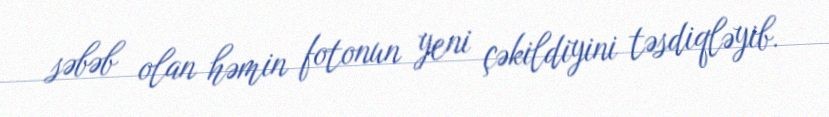
səbəb olan həmin fotonun yeni çəkildiyini təsdiqləyib.